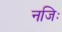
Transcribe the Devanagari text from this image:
नजिः